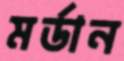
মর্ডান